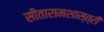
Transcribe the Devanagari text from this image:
सीतारामशास्त्रीं